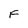
Character: F